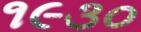
૧૯૩૦